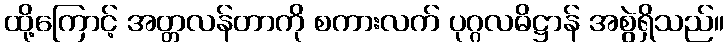
ထို့ကြောင့် အတ္တလန်တာကို စကားလက် ပုဂ္ဂလဓိဋ္ဌာန် အစွဲရှိသည်။